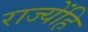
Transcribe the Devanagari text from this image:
राज्येंहि